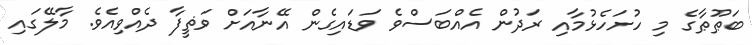
ބަޠޫޠާގެ މި ހުށަހެޅުމާއި ރަދުން އެއްބަސްވެ ވަޑައިގެން އޭނާއަށް ވަޡީފާ ދެއްވިއެވެ. މާލޭގައި